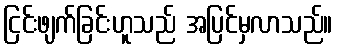
ငြင်းဖျက်ခြင်းဟူသည် အပြင်မှလာသည်။